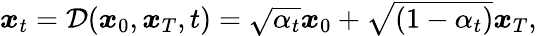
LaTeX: \begin{array}{r}{\boldsymbol{x}_{t}=\mathcal{D}(\boldsymbol{x}_{0},\boldsymbol{x}_{T},t)=\sqrt{\alpha_{t}}\boldsymbol{x}_{0}+\sqrt{(1-\alpha_{t})}\boldsymbol{x}_{T},}\end{array}